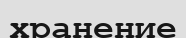
хранение